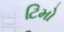
ટિમો